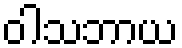
ဝါသဘာယ